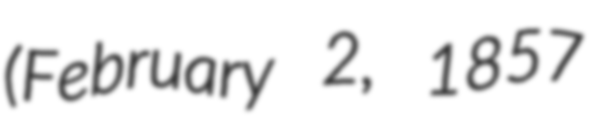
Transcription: (February 2, 1857